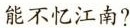
能不忆江南?